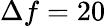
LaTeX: \Delta f=20